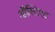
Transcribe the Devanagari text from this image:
ऑस्टिएट